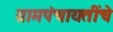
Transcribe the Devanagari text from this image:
ग्रामपंचायतींचे